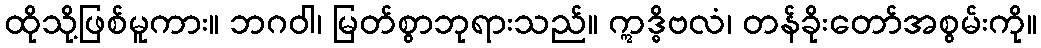
ထိုသို့ဖြစ်မူကား။ ဘဂဝါ၊ မြတ်စွာဘုရားသည်။ ဣဒ္ဓိဗလံ၊ တန်ခိုးတော်အစွမ်းကို။